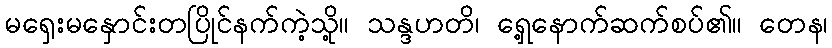
မရှေးမနှောင်းတပြိုင်နက်ကဲ့သို့။ သန္ဒဟတိ၊ ရှေ့နောက်ဆက်စပ်၏။ တေန၊